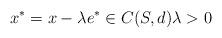
LaTeX: \begin{align*}x^* = x - \lambda e^* \in C(S,d) \lambda>0\end{align*}